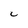
Character: C